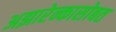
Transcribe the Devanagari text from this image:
अझारेन्कासोबत